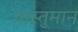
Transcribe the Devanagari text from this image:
वास्तुमान